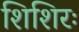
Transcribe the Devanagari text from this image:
शिशिरः